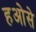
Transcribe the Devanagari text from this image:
हओसे